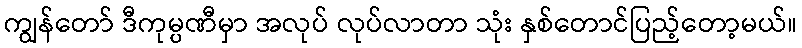
ကျွန်တော် ဒီကုမ္ပဏီမှာ အလုပ် လုပ်လာတာ သုံး နှစ်တောင်ပြည့်တော့မယ်။